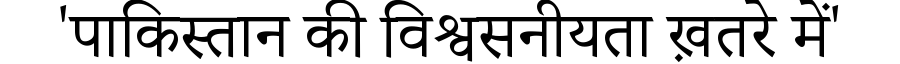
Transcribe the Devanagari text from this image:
'पाकिस्तान की विश्वसनीयता ख़तरे में'